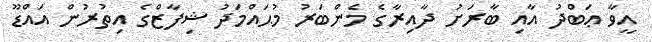
އީވާ ޢަބްދު އާއި ބާރަށު ދާއިރާގެ މެންބަރު މުޙައްމަދު ޝިފާޒްގެ އިތުރުން އައްޑޫ